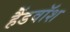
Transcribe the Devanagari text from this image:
हैंडवॉश